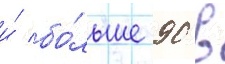
и́ бо́льше 90 в